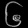
Digit: ၆